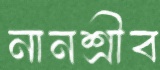
নানশ্রীব